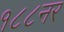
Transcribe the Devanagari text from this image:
१८८नर